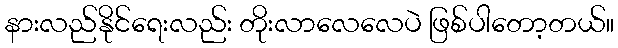
နားလည်နိုင်ရေးလည်း တိုးလာလေလေပဲ ဖြစ်ပါတော့တယ်။